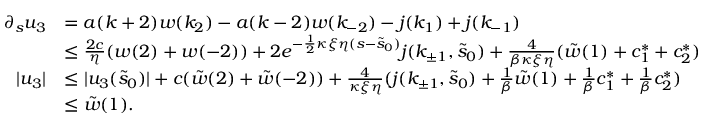
\begin{array} { r l } { \partial _ { s } u _ { 3 } } & { = a ( k + 2 ) w ( k _ { 2 } ) - a ( k - 2 ) w ( k _ { - 2 } ) - j ( k _ { 1 } ) + j ( k _ { - 1 } ) } \\ & { \le \frac { 2 c } \eta ( w ( 2 ) + w ( - 2 ) ) + 2 e ^ { - \frac 1 2 \kappa \xi \eta ( s - \tilde { s } _ { 0 } ) } j ( k _ { \pm 1 } , \tilde { s } _ { 0 } ) + \frac 4 { \beta \kappa \xi \eta } ( \tilde { w } ( 1 ) + c _ { 1 } ^ { \ast } + c _ { 2 } ^ { \ast } ) } \\ { \vert u _ { 3 } \vert } & { \le \vert u _ { 3 } ( \tilde { s } _ { 0 } ) \vert + c ( \tilde { w } ( 2 ) + \tilde { w } ( - 2 ) ) + \frac 4 { \kappa \xi \eta } ( j ( k _ { \pm 1 } , \tilde { s } _ { 0 } ) + \frac 1 \beta \tilde { w } ( 1 ) + \frac 1 \beta c _ { 1 } ^ { \ast } + \frac 1 { \beta } c _ { 2 } ^ { \ast } ) } \\ & { \le \tilde { w } ( 1 ) . } \end{array}